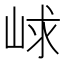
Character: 㟈